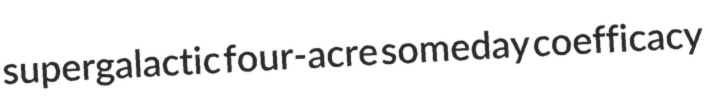
supergalactic four-acre someday coefficacy